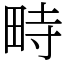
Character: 畤